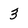
Character: 3